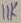
Text: 11K